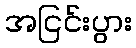
အငြင်းပွား